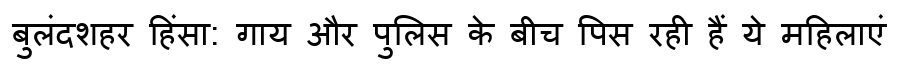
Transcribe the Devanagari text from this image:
बुलंदशहर हिंसा: गाय और पुलिस के बीच पिस रही हैं ये महिलाएं